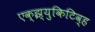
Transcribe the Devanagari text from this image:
एक्झ्युकिटिव्ह